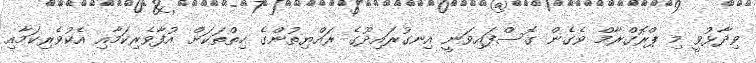
ވިދާޅުވީ މި ޕްރޮގްރާމް ވެގެން ގޮސްފައިވަނީ އިނގުރައިދޫގެ ރައްޔިތުންގެ ހިތްތަކަށް އުފާވެރިކަމާއި އެކުވެރިކަމާއި